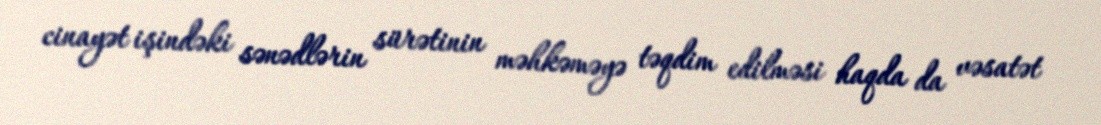
cinayət işindəki sənədlərin sürətinin məhkəməyə təqdim edilməsi haqda da vəsatət